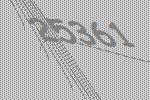
25361